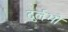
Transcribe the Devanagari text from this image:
दुर्लभो